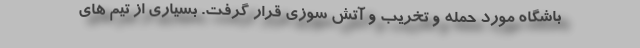
باشگاه مورد حمله و تخریب و آتش سوزی قرار گرفت. بسیاری از تیم های